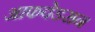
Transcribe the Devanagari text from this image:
आफवेडसन